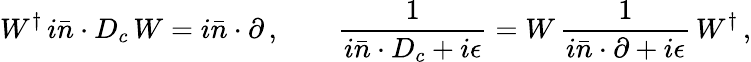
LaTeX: W^{\dagger}\, i\bar{n}\cdot D_{c}\, W=i\bar{n}\cdot\partial\, ,\qquad\frac{1}{i\bar{n}\cdot D_{c}+i\epsilon}=W\, \frac{1}{i\bar{n}\cdot\partial+i\epsilon}\, W^{\dagger}\, ,